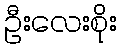
ဦးလေးစိုး